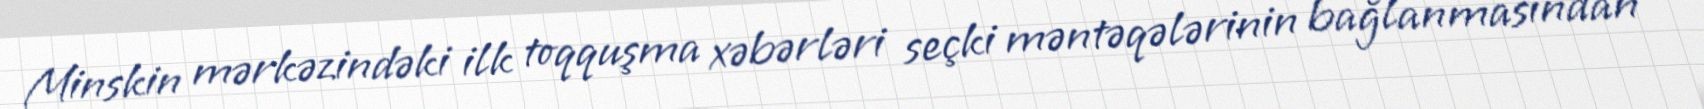
Minskin mərkəzindəki ilk toqquşma xəbərləri seçki məntəqələrinin bağlanmasından